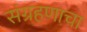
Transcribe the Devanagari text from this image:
संग्रहणाचा